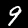
Digit: 9